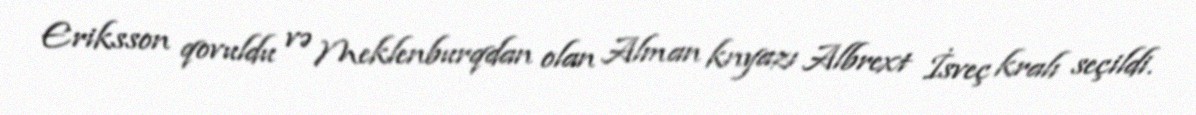
Eriksson qovuldu və Meklenburqdan olan Alman knyazı Albrext İsveç kralı seçildi.